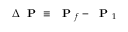
\Delta \mathrm { ~ \bf ~ P ~ } \equiv \mathrm { ~ \bf ~ P ~ } _ { f } - \mathrm { ~ \bf ~ P ~ } _ { 1 }